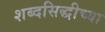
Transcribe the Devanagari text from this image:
शब्दसिद्धीच्या